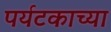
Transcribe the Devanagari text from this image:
पर्यटकाच्या